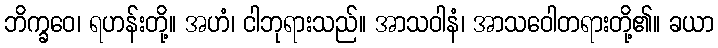
ဘိက္ခဝေ၊ ရဟန်းတို့။ အဟံ၊ ငါဘုရားသည်။ အာသဝါနံ၊ အာသဝေါတရားတို့၏။ ခယာ